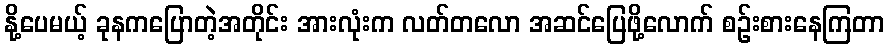
နို့ပေမယ့် ခုနကပြောတဲ့အတိုင်း အားလုံးက လတ်တလော အဆင်ပြေဖို့လောက် စဉ်းစားနေကြတာ